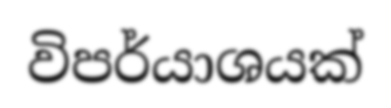
විපර්යාශයක්